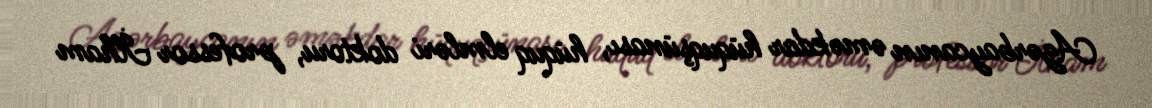
Azərbaycanın əməkdar hüquqşünası, hüquq elmləri doktoru, professor İlham